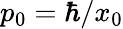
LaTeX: p_{0}=\hbar/x_{0}